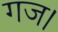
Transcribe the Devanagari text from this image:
गज।